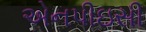
એનપીઇસી